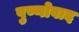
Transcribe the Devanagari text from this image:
पुण्णोवाद